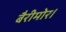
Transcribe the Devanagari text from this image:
बैरीमोर।